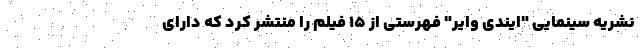
نشریه سینمایی "ایندی وایر" فهرستی از ۱۵ فیلم را منتشر کرد که دارای